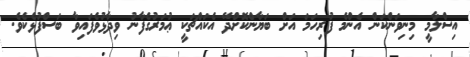
އިސްލާމީ މިނިވަންކަން އެންމެ ފުރިހަމަ އަށް ބަޔާންކޮށްދޭ އެކައްޗަކީ ޢުމަރުގެފާނު ވިދާޅުވެފައިވާ ބަސްފުޅެކެވެ.